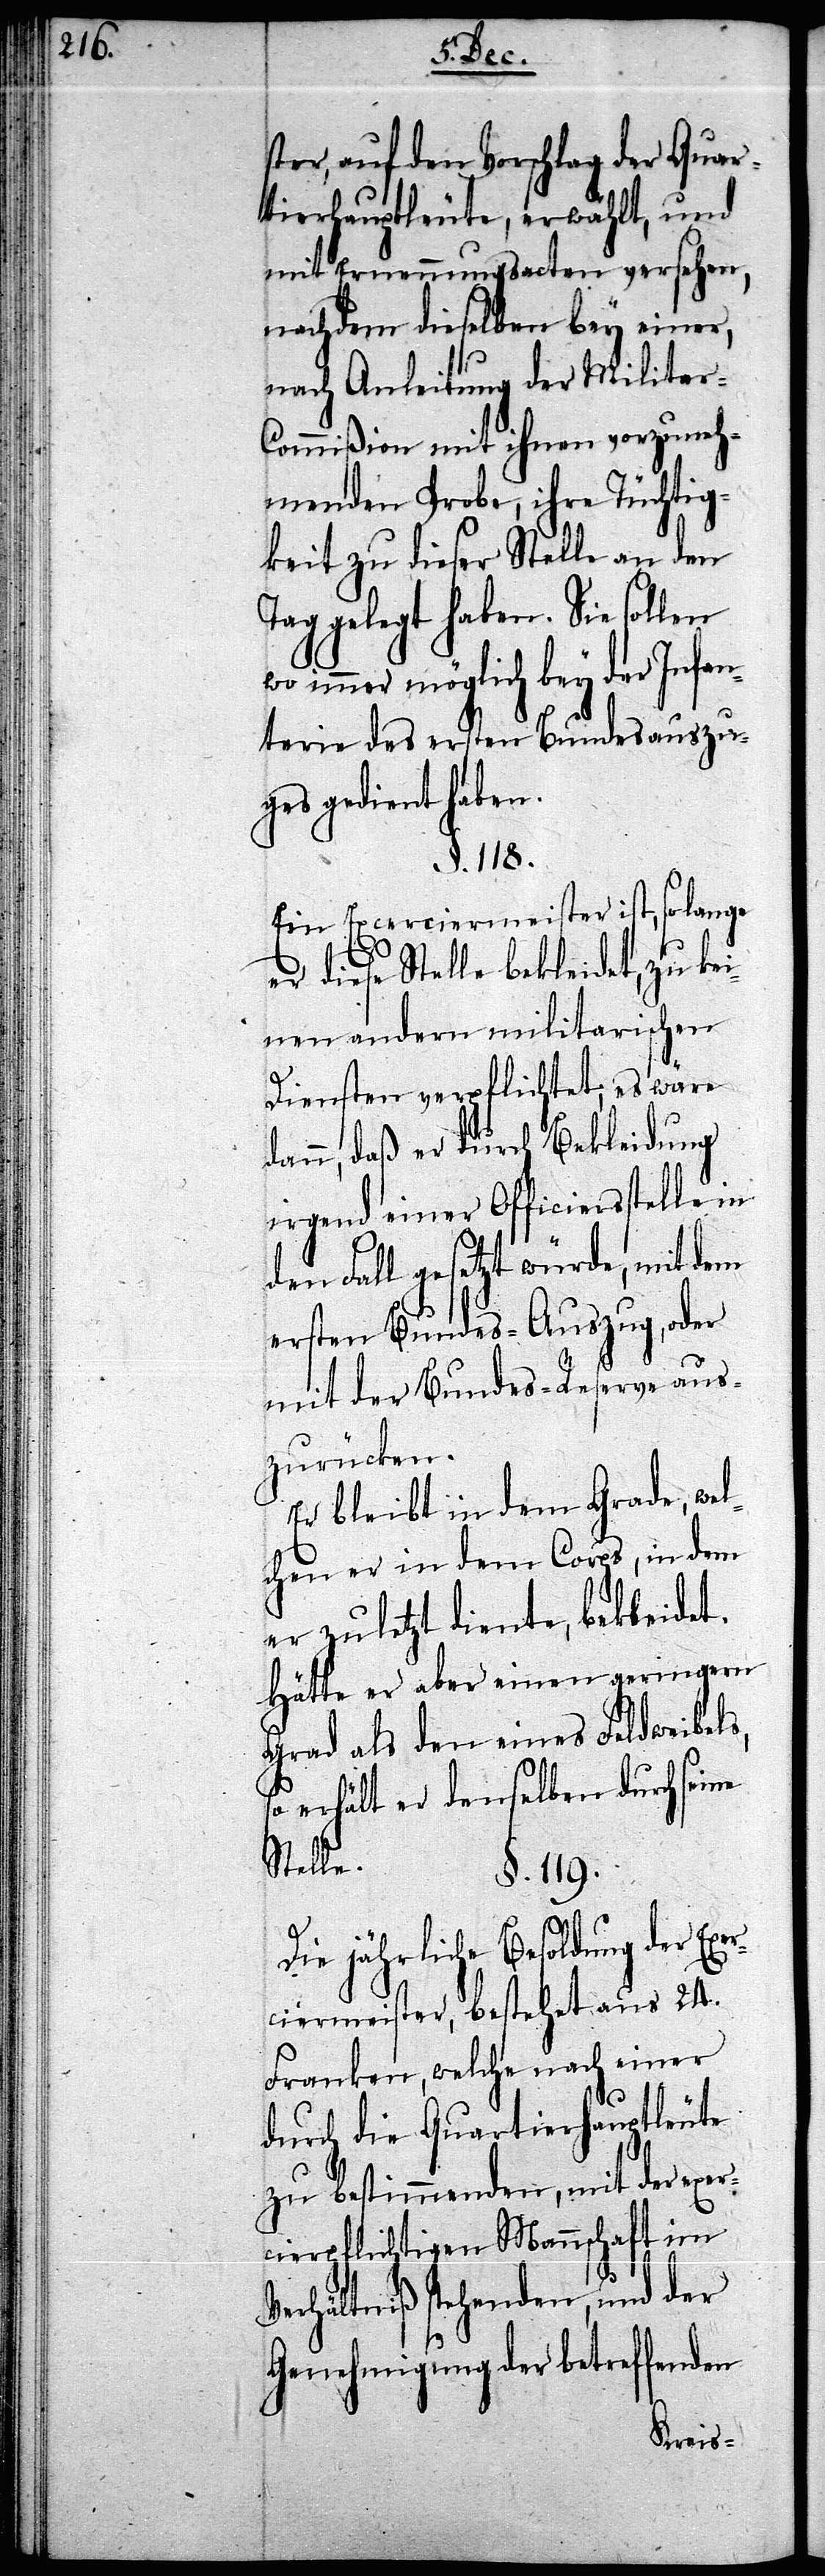
ster, auf den Vorschlag der Quar¬
tierhauptleute, erwählt, und
mit Ernennungsacten versehen,
nachdem dieselben bey einer,
nach Anleitung der Militar-C¬
ommißion mit ihnen vorzuneh¬
menden Probe, ihre Tüchtig¬
keit zu dieser Stelle an den
Tag gelegt haben. Sie sollen
wo immer möglich bey der Infan¬
terie des ersten Bundesauszu¬
ges gedient haben.
§. 118.
Ein Exerciermeister ist, so lange
diese Stelle bekleidet, zu ke¬
inen andern militarischen
Diensten verpflichtet; es wäre
denn, daß er durch Bekleidung
irgend einer Officiersstelle in
den Fall gesetzt würde, mit dem
ersten Bundes-Auszug, oder
mit der Bundes-Reserve aus¬
zurücken.
Er bleibt in dem Grade, wel¬
chen er in dem Corps, in dem
er zuletzt diente, bekleidet.
Hätte er aber einen geringern
Grad als den eines Feldweibels,
so erhält er denselben durch seine
Stelle.
§. 119.
Die jährliche Besoldung der Ex¬
erciermeister, bestehet aus 24.
Franken, welche nach einer
durch die Quartierhauptleute
zu bestimmenden, mit der exer¬
cierpflichtigen Mannschaft im
Verhältniß stehenden, und der
Genehmigung der betreffenden